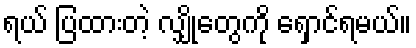
ရယ် ပြထားတဲ့ လျှိုတွေကို ရှောင်ရမယ်။